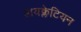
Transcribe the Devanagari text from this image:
डायक्लेटियन